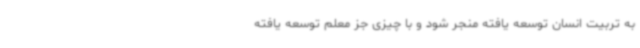
به تربیت انسان توسعه یافته منجر شود و با چیزی جز معلم توسعه یافته